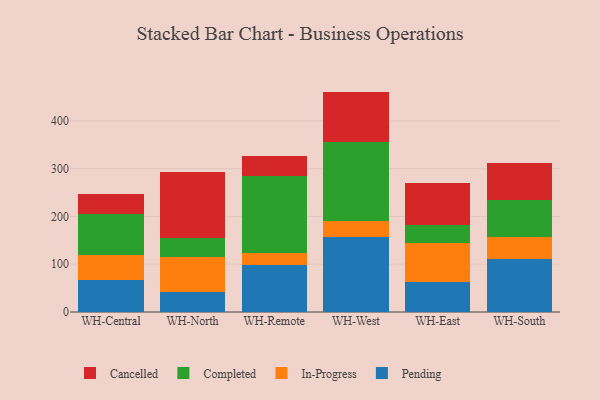
{"axis": {"x": "Warehouse", "y": "Revenue (USD Million)"}, "legend": ["Cancelled", "Completed", "In-Progress", "Pending"], "data": [{"x": "WH-Central", "y": 66.7, "type": "Pending"}, {"x": "WH-Central", "y": 52.3, "type": "In-Progress"}, {"x": "WH-Central", "y": 85.6, "type": "Completed"}, {"x": "WH-Central", "y": 43.3, "type": "Cancelled"}, {"x": "WH-North", "y": 42.8, "type": "Pending"}, {"x": "WH-North", "y": 73.1, "type": "In-Progress"}, {"x": "WH-North", "y": 39.9, "type": "Completed"}, {"x": "WH-North", "y": 136.2, "type": "Cancelled"}, {"x": "WH-Remote", "y": 98.2, "type": "Pending"}, {"x": "WH-Remote", "y": 26.2, "type": "In-Progress"}, {"x": "WH-Remote", "y": 161.3, "type": "Completed"}, {"x": "WH-Remote", "y": 40.8, "type": "Cancelled"}, {"x": "WH-West", "y": 158.0, "type": "Pending"}, {"x": "WH-West", "y": 33.1, "type": "In-Progress"}, {"x": "WH-West", "y": 164.5, "type": "Completed"}, {"x": "WH-West", "y": 105.7, "type": "Cancelled"}, {"x": "WH-East", "y": 63.0, "type": "Pending"}, {"x": "WH-East", "y": 80.5, "type": "In-Progress"}, {"x": "WH-East", "y": 38.7, "type": "Completed"}, {"x": "WH-East", "y": 87.6, "type": "Cancelled"}, {"x": "WH-South", "y": 110.7, "type": "Pending"}, {"x": "WH-South", "y": 47.0, "type": "In-Progress"}, {"x": "WH-South", "y": 77.1, "type": "Completed"}, {"x": "WH-South", "y": 77.2, "type": "Cancelled"}]}